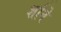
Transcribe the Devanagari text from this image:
र्शाने